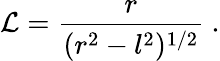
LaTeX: {\cal L}=\frac{r}{(r^{2}-l^{2})^{1/2}}\ .